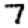
Digit: 7